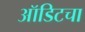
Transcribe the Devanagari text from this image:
ऑडिटचा